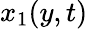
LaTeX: x_{1}(y,t)